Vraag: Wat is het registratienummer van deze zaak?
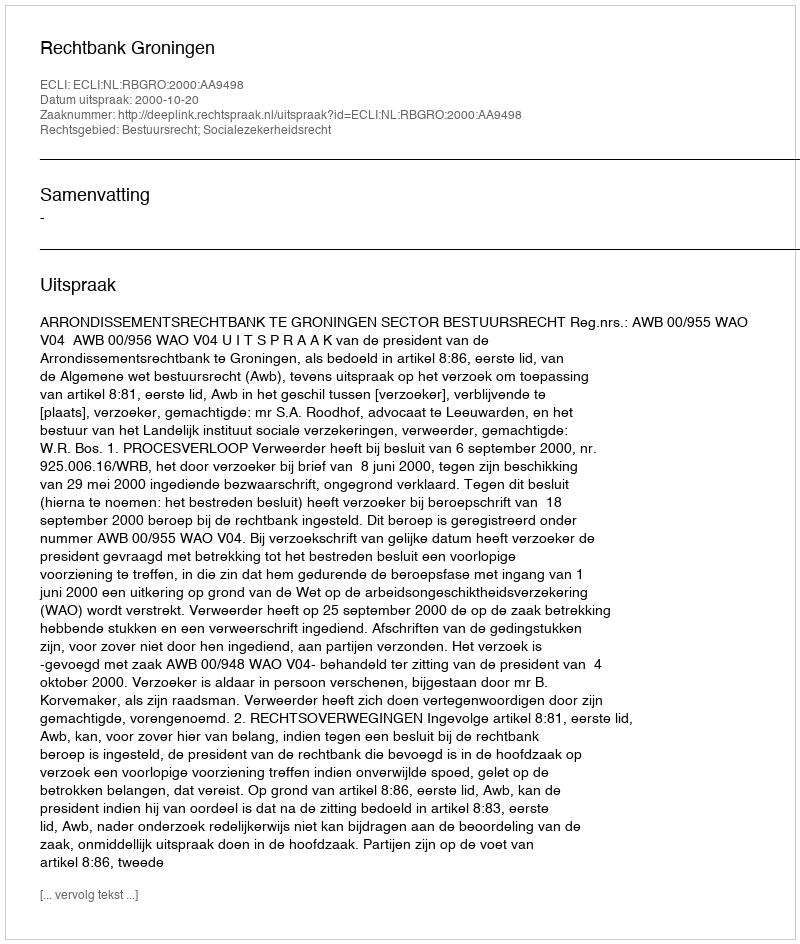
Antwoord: http://deeplink.rechtspraak.nl/uitspraak?id=ECLI:NL:RBGRO:2000:AA9498